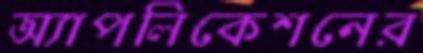
অ্যাপলিকেশনের